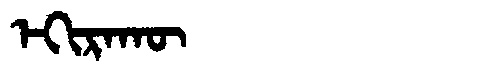
Manchu: ᡝᡴᡳᡵᠠᡴᡡ
Romanization: EKIRAKŪ